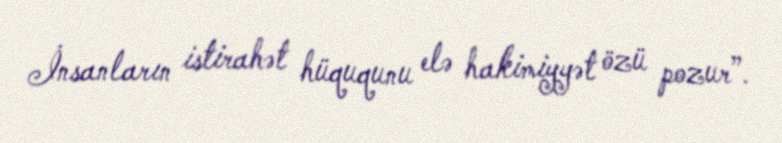
İnsanların istirahət hüququnu elə hakimiyyət özü pozur”.